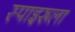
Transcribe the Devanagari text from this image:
स्पाइरूला